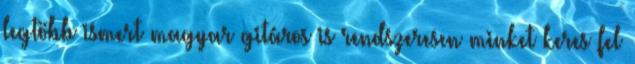
legtöbb ismert magyar gitáros is rendszeresen minket keres fel